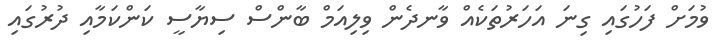
ވުމަށް ފަހުގައި ގިނަ އަހަރުތަކެއް ވާނދެން ވިލިއަމް ބާންސް ސިޔާސީ ކަންކަމާއި ދުރުގައި